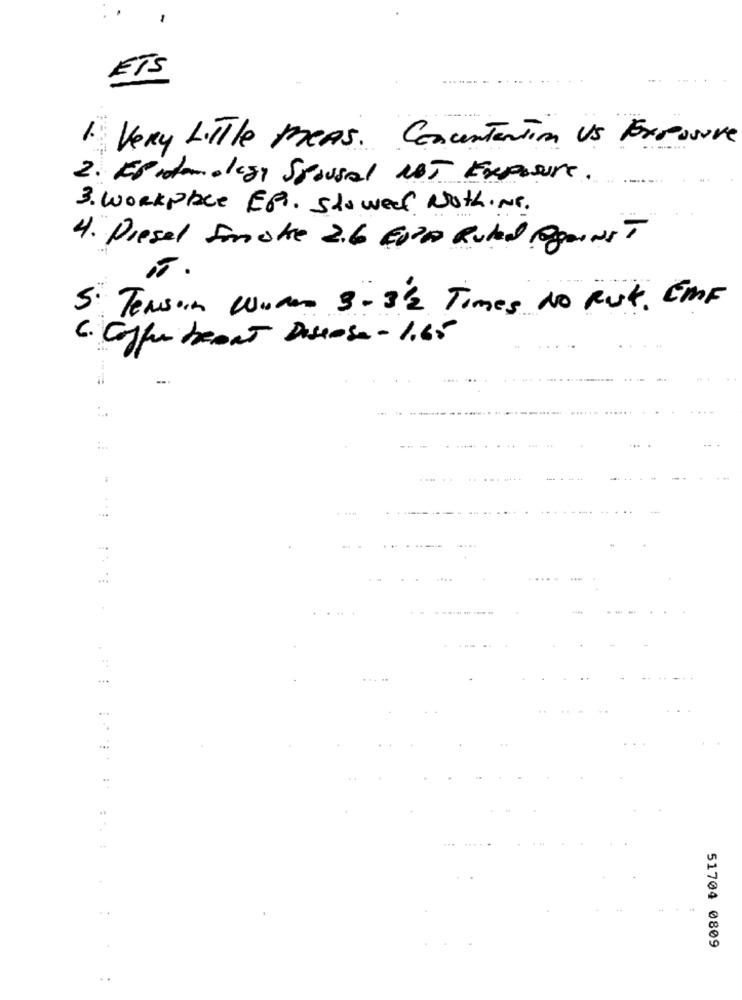
ETS
1. Very LITTle PreAs. ConcentenTin Us Exposure
2. Esistonoegy Spousal NOT Exposure.
3. Workplace ER. Showed Nothing.
4. Diesel Smoke 2.6 ROPA Ruled Against
5.
5. Terson Waren 3- 3/2 Times No Rut. CMF
C. Cofferteent Disease - 1.65
....
51704 0809